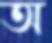
অ